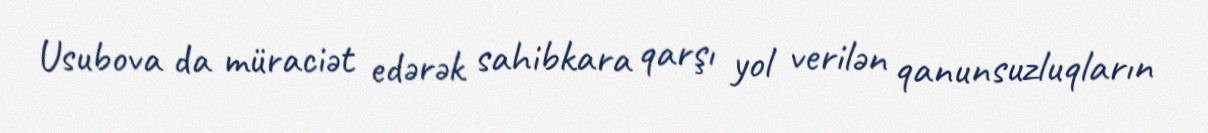
Usubova da müraciət edərək sahibkara qarşı yol verilən qanunsuzluqların